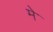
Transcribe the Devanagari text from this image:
मेॱ